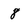
Character: 8